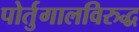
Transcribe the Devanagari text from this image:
पोर्तुगालविरुद्ध